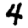
Digit: 4